Indian journal of veterinary science and animal husbandry - Volumes 22-23, 1952-1953
Year: 1952
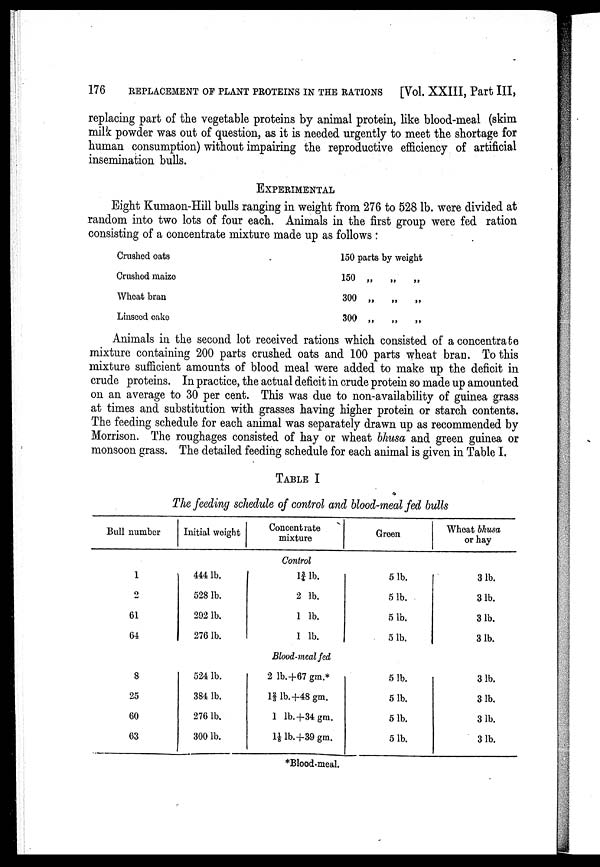
176 REPLACEMENT OF PLANT PROTEINS IN THE RATIONS
[Vol. XXIII, Part III,
replacing part of the vegetable proteins by animal protein, like blood-meal (skim
milk powder was out of question, as it is needed urgently to meet the shortage for
human consumption) without impairing the reproductive efficiency of artificial
insemination bulls.
EXPERIMENTAL
Eight Kumaon-Hill bulls ranging in weight from 276 to 528 lb. were divided at
random into two lots of four each. Animals in the first group were fed ration
consisting of a concentrate mixture made up as follows :
Crushed oats
Crushed maize
Wheat bran
Linseed cake
150 parts by weight
150 „
„
„
300 „
„
„
300 „
„
„
Animals in the second lot received rations which consisted of a concentrate
mixture containing 200 parts crushed oats and 100 parts wheat bran. To this
mixture sufficient amounts of blood meal were added to make up the deficit in
crude proteins. In practice, the actual deficit in crude protein so made up amounted
on an average to 30 per cent. This was due to non-availability of guinea grass
at times and substitution with grasses having higher protein or starch contents.
The feeding schedule for each animal was separately drawn up as recommended by
Morrison. The roughages consisted of hay or wheat bhusa and green guinea or
monsoon grass. The detailed feeding schedule for each animal is given in Table I.
TABLE I
The feeding schedule of control and blood-meal fed bulls
Bull number
Initial weight
Concentrate
mixture
Green
Wheat bhusa
or hay
Control
1
2
61
64
444 lb.
528 lb.
292 lb.
276 lb.
1¾lb.
2 lb.
1 lb.
1 lb.
5 lb.
5 lb.
5 lb.
5 lb.
3 lb.
3 lb.
3 lb.
3 lb.
Blood-meal fed
8
25
60
63
524 lb.
384 lb.
276 lb.
300 lb.
2 lb.+67 gm.*
1⅔ lb.+48 gm.
1 lb.+34 gm.
l⅛ lb.+39 gm.
5 lb.
5 lb.
5 lb.
5 lb.
3 lb.
3 lb.
3 lb.
3 lb.
*Blood-meal.